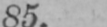
85.